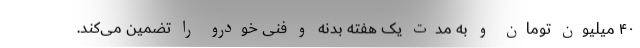
۴۰ میلیون تومان و به مدت یک هفته بدنه و فنی خودرو را تضمین می‌کند.